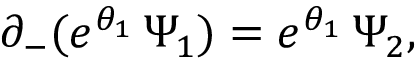
\partial _ { - } ( e ^ { \theta _ { 1 } } \, \Psi _ { 1 } ) = e ^ { \theta _ { 1 } } \, \Psi _ { 2 } ,